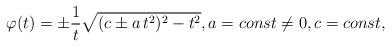
LaTeX: \begin{align*} \varphi(t) = \pm \frac{1}{t} \sqrt{(c \pm a\, t^2)^2 -t^2}, a =const \neq 0, c = const,\end{align*}